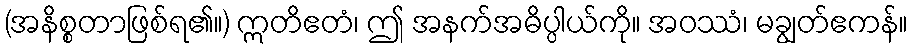
(အနိစ္စတာဖြစ်ရ၏။) ဣတိဧတံ၊ ဤ အနက်အဓိပ္ပါယ်ကို။ အဝဿံ၊ မချွတ်ဧကန်။